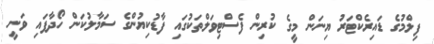
ފިލްމުގެ ޑައިރެކްޓަރު ޔިނަން މީގެ ކުރިން ފެސްޓިވަލްތަކުގައި ފާޑުކިޔުންގެ ސަމާލުކަން ހޯދާފައި ވަނީ